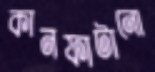
কানফাটানো